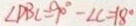
\angle D B C = 9 0 ^ { \circ } - \angle C = 1 8 ^ { \circ }